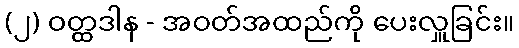
(၂) ဝတ္ထဒါန - အဝတ်အထည်ကို ပေးလှူခြင်း။